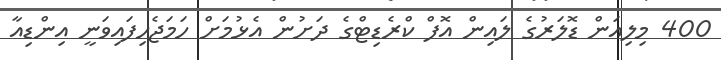
400 މިލިއަން ޑޮލަރުގެ ލައިން އޮފް ކްރެޑިޓްގެ ދަށުން އެޅުމަށް ހަމަޖެހިފައިވަނީ އިންޑިއާ